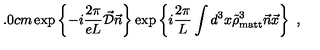
\hspace { 5 . 0 c m } \exp \left\{ - i \frac { 2 \pi } { e L } \vec { \cal D } \vec { n } \right\} \exp \left\{ i \frac { 2 \pi } { L } \int d ^ { 3 } x \tilde { \rho } _ { \mathrm { m a t t } } ^ { 3 } \vec { n } \vec { x } \right\} \ ,